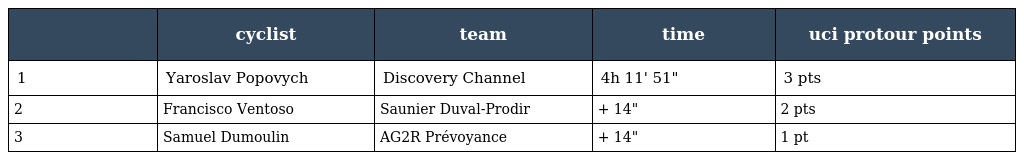
|  | cyclist | team | time | uci protour points |
 | --- | --- | --- | --- | --- |
 | 1 | Yaroslav Popovych | Discovery Channel | 4h 11' 51" | 3 pts |
 | 2 | Francisco Ventoso | Saunier Duval-Prodir | + 14" | 2 pts |
 | 3 | Samuel Dumoulin | AG2R Prévoyance | + 14" | 1 pt |